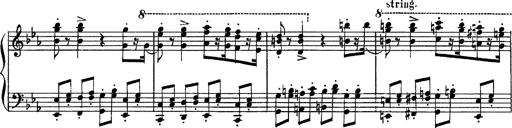
Title: Fantaisie sur des motifs favoris de l'opÃ©ra 'La sonnambula'
Composer: Franz Liszt